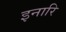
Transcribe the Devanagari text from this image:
इनारि